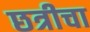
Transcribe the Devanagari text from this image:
छत्रीचा